Sanitation, dispensaries and jails vaccination Rajputana 1922-1927 - 1922-1927
Year: 1922
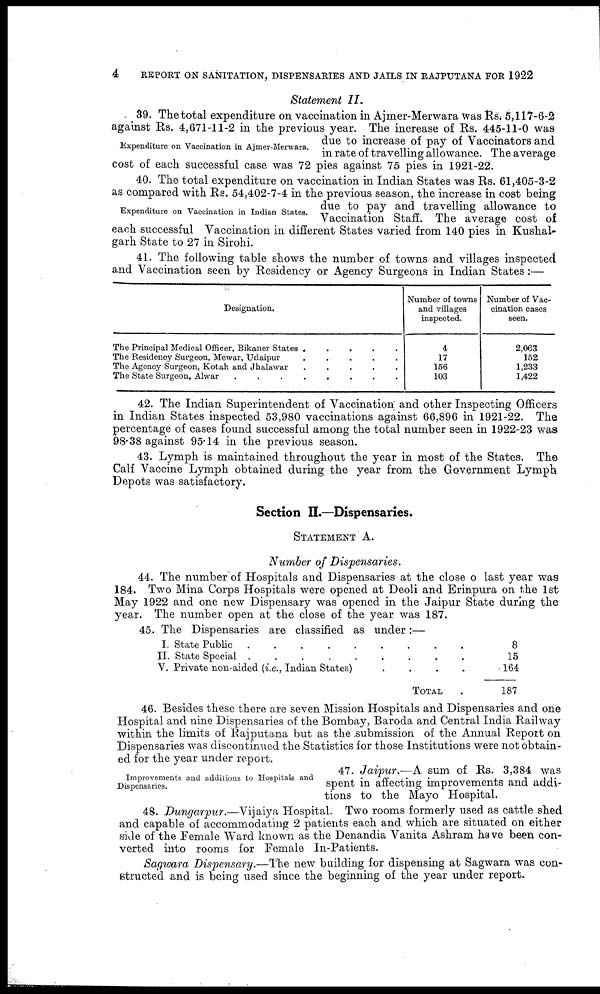
4
REPORT ON SANITATION, DISPENSARIES AND JAILS IN RAJPUTANA FOR 1922
Statement II.
Expenditure on Vaccination in Ajmer-Merwara.
39. The total expenditure on vaccination in Ajmer-Merwara was Rs. 5,117-6-2
against Rs. 4,671-11-2 in the previous year. The increase of Rs. 445-11-0 was
due to increase of pay of Vaccinators and
in rate of travelling allowance. The average
cost of each successful case was 72 pies against 75 pies in 1921-22.
Expenditure on Vaccination in Indian States.
40. The total expenditure on vaccination in Indian States was Rs. 61,405-3-2
as compared with Rs. 54,402-7-4 in the previous season, the increase in cost being
due to pay and travelling allowance to
Vaccination Staff. The average cost of
each successful Vaccination in different States varied from 140 pies in Kushal¬
garh State to 27 in Sirohi.
41. The following table shows the number of towns and villages inspected
and Vaccination seen by Residency or Agency Surgeons in Indian States :—
Designation.
The Principal Medical Officer, Bikaner States .
.
.
.
.
The Residency Surgeon, Mewar, Udaipur
.
.
.
.
.
The Agency Surgeon, Kotah and Jhalawar
.
.
.
.
.
The State Surgeon, Alwar
.
.
.
.
.
.
.
.
Number of towns
and villages
inspected.
4
17
156
103
Number of Vac-
cination oases
seen.
2,063
152
1,233
1,422
42. The Indian Superintendent of Vaccination and other Inspecting Officers
in Indian States inspected 53,980 vaccinations against 66,896 in 1921-22. The
percentage of cases found successful among the total number seen in 1922-23 was
98.38 against 95.14 in the previous season.
43. Lymph is maintained throughout the year in most of the States. The
Calf Vaccine Lymph obtained during the year from the Government Lymph
Depots was satisfactory.
Section II.—Dispensaries.
STATEMENT A.
Number of Dispensaries.
44. The number of Hospitals and Dispensaries at the close of last year was
184. Two Mina Corps Hospitals were opened at Deoli and Erinpura on the 1st
May 1922 and one new Dispensary was opened in the Jaipur State during the
year. The number open at the close of the year was 187.
45. The Dispensaries are classified as under:—
I. State Public
. . . . . . . . . . . . . . . .
II. State Special .
.
.
.
.
.
.
.
.
V. Private non-aided (i.e., Indian States)
.
.
.
.
TOTAL .
8
15
164
187
46. Besides these there are seven Mission Hospitals and Dispensaries and one
Hospital and nine Dispensaries of the Bombay, Baroda and Central India Railway
within the limits of Rajputana but as the submission of the Annual Report on
Dispensaries was discontinued the Statistics for those Institutions were not obtain-
ed for the year under report.
Improvements and additions to Hospitals and
Dispensaries.
47. Jaipur.—A sum of Rs. 3,384 was
spent in affecting improvements and addi-
tions to the Mayo Hospital.
48. Dungarpur.—Vijaiya Hospital. Two rooms formerly used as cattle shed
and capable of accommodating 2 patients each and which are situated on either
side of the Female Ward known as the Denandia Vanita Ashram have been con-
verted into rooms for Female In-Patients.
Sagwara Dispensary.—The new building for dispensing at Sagwara was con-
structed and is being used since the beginning of the year under report.